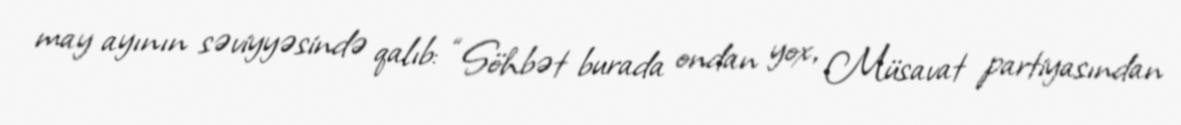
may ayının səviyyəsində qalıb: “Söhbət burada ondan yox, Müsavat partiyasından